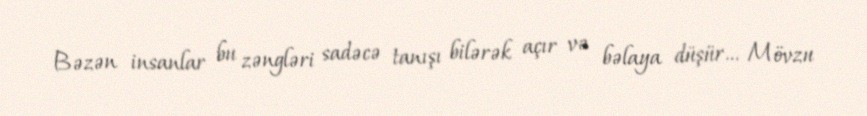
Bəzən insanlar bu zəngləri sadəcə tanışı bilərək açır və bəlaya düşür... Mövzu